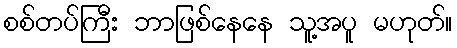
စစ်တပ်ကြီး ဘာဖြစ်နေနေ သူ့အပူ မဟုတ်။